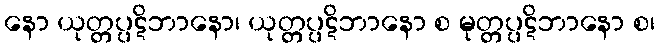
နော ယုတ္တပ္ပဋိဘာနော၊ ယုတ္တပ္ပဋိဘာနော စ မုတ္တပ္ပဋိဘာနော စ၊